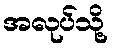
အလုပ်သို့